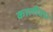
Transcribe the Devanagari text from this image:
कालीवध